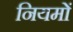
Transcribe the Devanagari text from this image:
नियमों